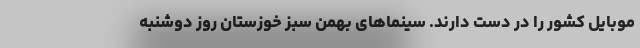
موبایل کشور را در دست دارند. سینماهای بهمن سبز خوزستان روز دوشنبه